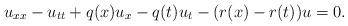
LaTeX: \begin{align*} u_{xx}-u_{tt}+q(x)u_x-q(t)u_t-(r(x)-r(t))u=0.\end{align*}